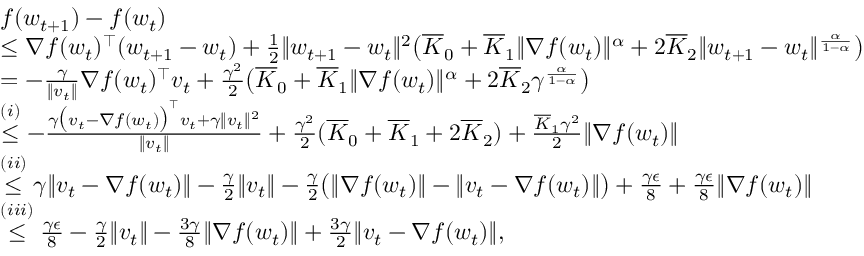
\begin{array} { r l } & { f ( w _ { t + 1 } ) - f ( w _ { t } ) } \\ & { \le \nabla f ( w _ { t } ) ^ { \top } ( w _ { t + 1 } - w _ { t } ) + \frac { 1 } { 2 } \| w _ { t + 1 } - w _ { t } \| ^ { 2 } \big ( \overline { { K } } _ { 0 } + \overline { { K } } _ { 1 } \| \nabla f ( w _ { t } ) \| ^ { \alpha } + 2 \overline { { K } } _ { 2 } \| w _ { t + 1 } - w _ { t } \| ^ { \frac { \alpha } { 1 - \alpha } } \big ) } \\ & { = - \frac { \gamma } { \| v _ { t } \| } \nabla f ( w _ { t } ) ^ { \top } v _ { t } + \frac { \gamma ^ { 2 } } { 2 } \big ( \overline { { K } } _ { 0 } + \overline { { K } } _ { 1 } \| \nabla f ( w _ { t } ) \| ^ { \alpha } + 2 \overline { { K } } _ { 2 } \gamma ^ { \frac { \alpha } { 1 - \alpha } } \big ) } \\ & { \overset { ( i ) } { \le } - \frac { \gamma \big ( v _ { t } - \nabla f ( w _ { t } ) \big ) ^ { \top } v _ { t } + \gamma \| v _ { t } \| ^ { 2 } } { \| v _ { t } \| } + \frac { \gamma ^ { 2 } } { 2 } ( \overline { { K } } _ { 0 } + \overline { { K } } _ { 1 } + 2 \overline { { K } } _ { 2 } ) + \frac { \overline { { K } } _ { 1 } \gamma ^ { 2 } } { 2 } \| \nabla f ( w _ { t } ) \| } \\ & { \overset { ( i i ) } { \le } \gamma \| v _ { t } - \nabla f ( w _ { t } ) \| - \frac { \gamma } { 2 } \| v _ { t } \| - \frac { \gamma } { 2 } \big ( \| \nabla f ( w _ { t } ) \| - \| v _ { t } - \nabla f ( w _ { t } ) \| \big ) + \frac { \gamma \epsilon } { 8 } + \frac { \gamma \epsilon } { 8 } \| \nabla f ( w _ { t } ) \| } \\ & { \overset { ( i i i ) } { \le } \frac { \gamma \epsilon } { 8 } - \frac { \gamma } { 2 } \| v _ { t } \| - \frac { 3 \gamma } { 8 } \| \nabla f ( w _ { t } ) \| + \frac { 3 \gamma } { 2 } \| v _ { t } - \nabla f ( w _ { t } ) \| , } \end{array}